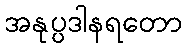
အနုပ္ပဒါနရတော